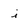
Character: i